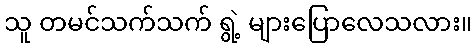
သူ တမင်သက်သက် ရွဲ့ များပြောလေသလား။